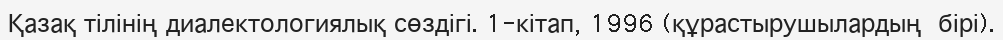
Қазақ тілінің диалектологиялық сөздігі. 1-кітап, 1996 (құрастырушылардың  бірі).